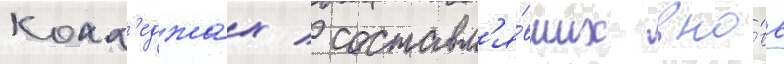
колл'еджах / составл'я́вших вно́вь